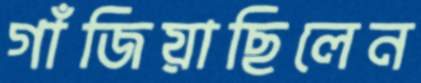
গাঁজিয়াছিলেন